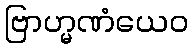
ဗြာဟ္မဏံယေဝ